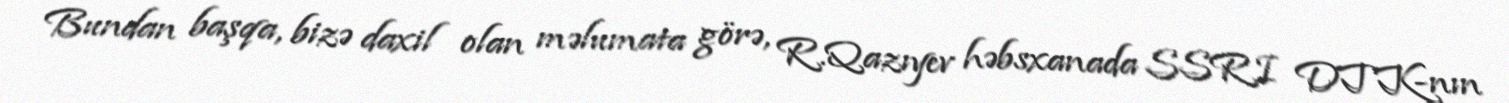
Bundan başqa, bizə daxil olan məlumata görə, R.Qazıyev həbsxanada SSRI DTK-nın